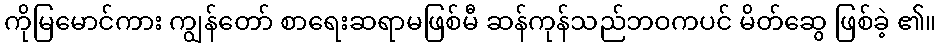
ကိုမြမောင်ကား ကျွန်တော် စာရေးဆရာမဖြစ်မီ ဆန်ကုန်သည်ဘဝကပင် မိတ်ဆွေ ဖြစ်ခဲ့ ၏။